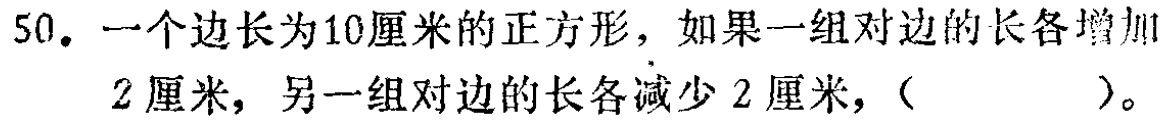
50. 一个边长为10厘米的正方形，如果一组对边的长各增加2厘米，另一组对边的长各减少2厘米，（  ）。